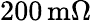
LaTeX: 200\, \mathrm{m}\Omega